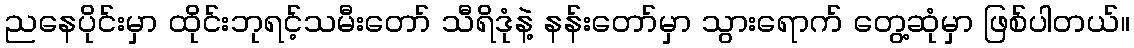
ညနေပိုင်းမှာ ထိုင်းဘုရင့်သမီးတော် သီရိဒုံနဲ့ နန်းတော်မှာ သွားရောက် တွေ့ဆုံမှာ ဖြစ်ပါတယ်။